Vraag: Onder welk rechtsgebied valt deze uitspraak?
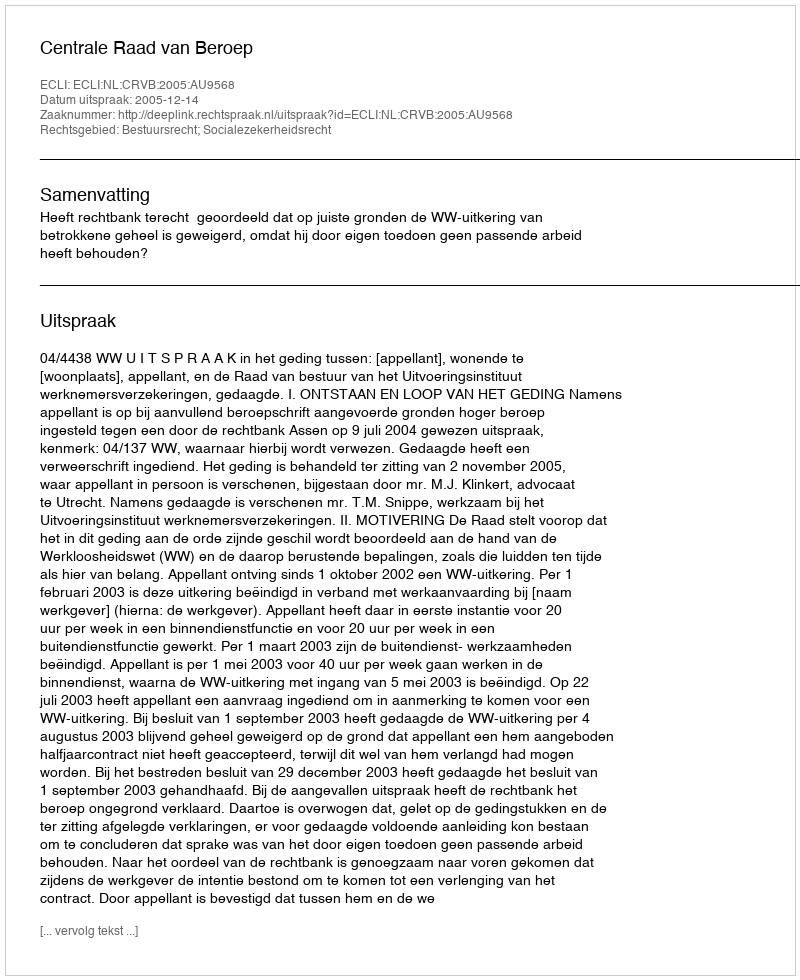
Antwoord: Bestuursrecht; Socialezekerheidsrecht